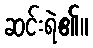
ဆင်းရဲ၏။